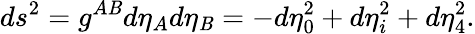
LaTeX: ds^{2}=g^{A\mathit{B}}d\eta_{A}d\eta_{\mathit{B}}=-d\eta_{0}^{2}+d\eta_{i}^{2}+d\eta_{4}^{2}.